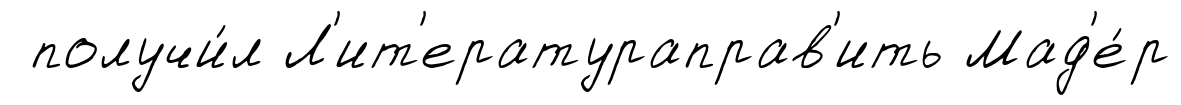
получи́л Л'ит'ератураправ'ить Мад'е́р